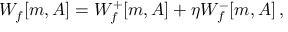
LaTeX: W _ { f } [ m , A ] = W _ { f } ^ { + } [ m , A ] + \eta W _ { f } ^ { - } [ m , A ] \, ,